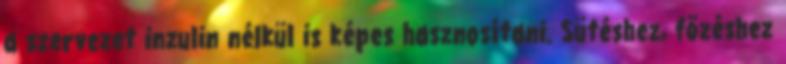
a szervezet inzulin nélkül is képes hasznosítani. Sütéshez, főzéshez